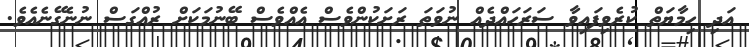
އަދި ހިމާޔަތް ކުރެވިފައިވާ ސަރަހައްދެއް ނުވަތަ ރަށަކުންވެސް އެއްވެސް ބޭނުމަކަށް ރުއްގަސް ނުނެގޭނެއެވެ.